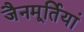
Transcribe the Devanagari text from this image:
जैनमूर्तियां